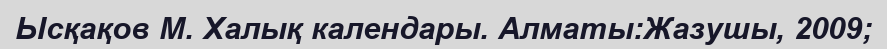
Ысқақов М. Халық календары. Алматы:Жазушы, 2009;